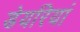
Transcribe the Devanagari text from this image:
डेयरियां